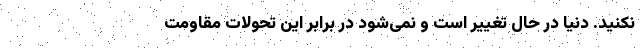
نکنید. دنیا در حال تغییر است و نمی‌شود در برابر این تحولات مقاومت